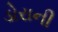
ડોરાની